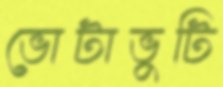
ভোটাভুটি